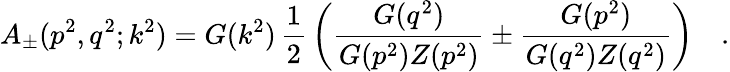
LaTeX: A_{\pm}(p^{2},q^{2};k^{2})=G(k^{2})\, \frac{1}{2}\, \left(\frac{G(q^{2})}{G(p^{2})Z(p^{2})}\pm\frac{G(p^{2})}{G(q^{2})Z(q^{2})}\right)\quad.